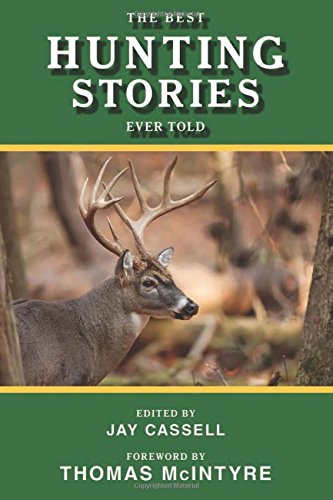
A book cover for The Best Hunting Stories Ever Told (Best Stories Ever Told); Sports & Outdoors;